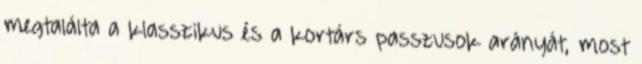
megtalálta a klasszikus és a kortárs passzusok arányát, most